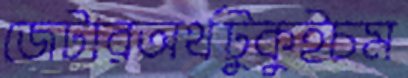
জেটারঅর্থটুকুইচম